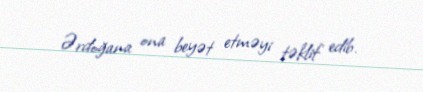
Ərdoğana ona beyət etməyi təklif edib.